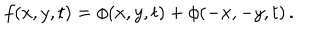
f ( x , y , t ) = \phi ( x , y , t ) + \phi ( - x , - y , t ) \, .